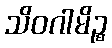
သိဝဂါမိဉ္စ